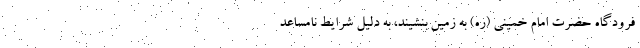
فرودگاه حضرت امام خمینی (ره) به زمین بنشیند، به دلیل شرایط نامساعد